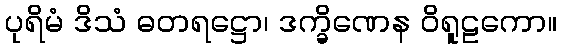
ပုရိမံ ဒိသံ ဓတရဋ္ဌော၊ ဒက္ခိဏေန ဝိရူဠကော။